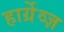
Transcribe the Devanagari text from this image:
हार्ग्रेव्ज़